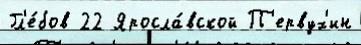
Гл'е́бов 22 Яросла́вской П'ервух'ин